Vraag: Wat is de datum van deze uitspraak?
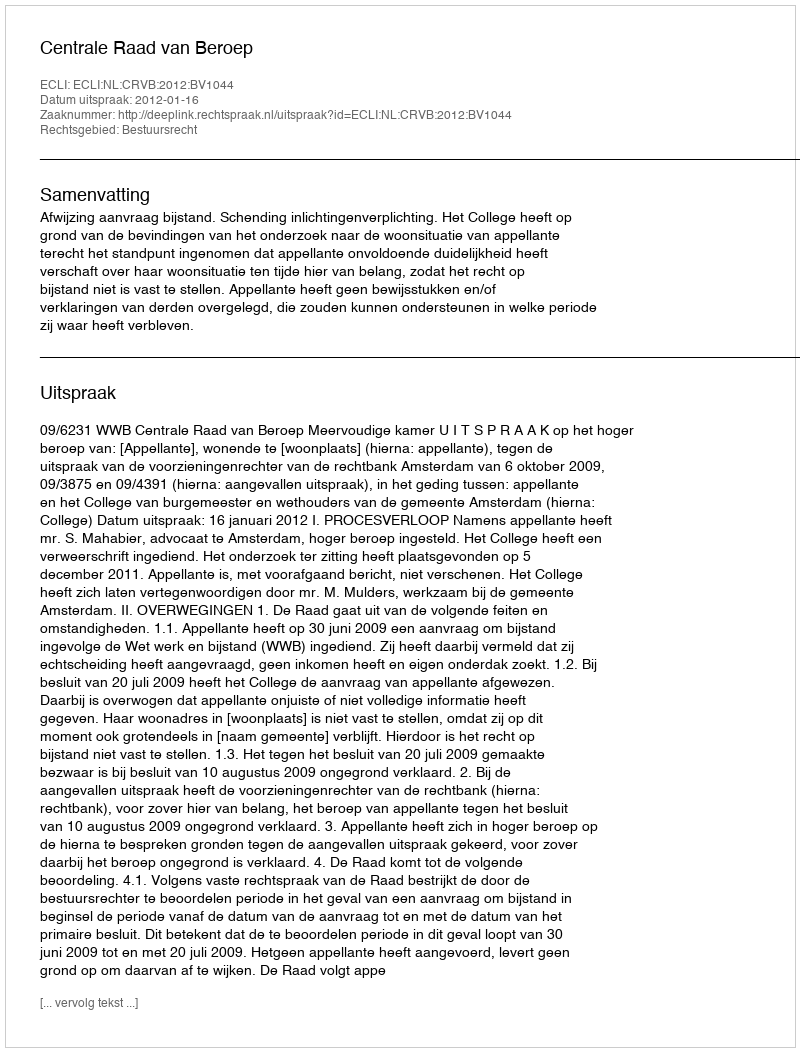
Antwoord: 2012-01-16